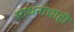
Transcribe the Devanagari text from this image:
साधनांचाही